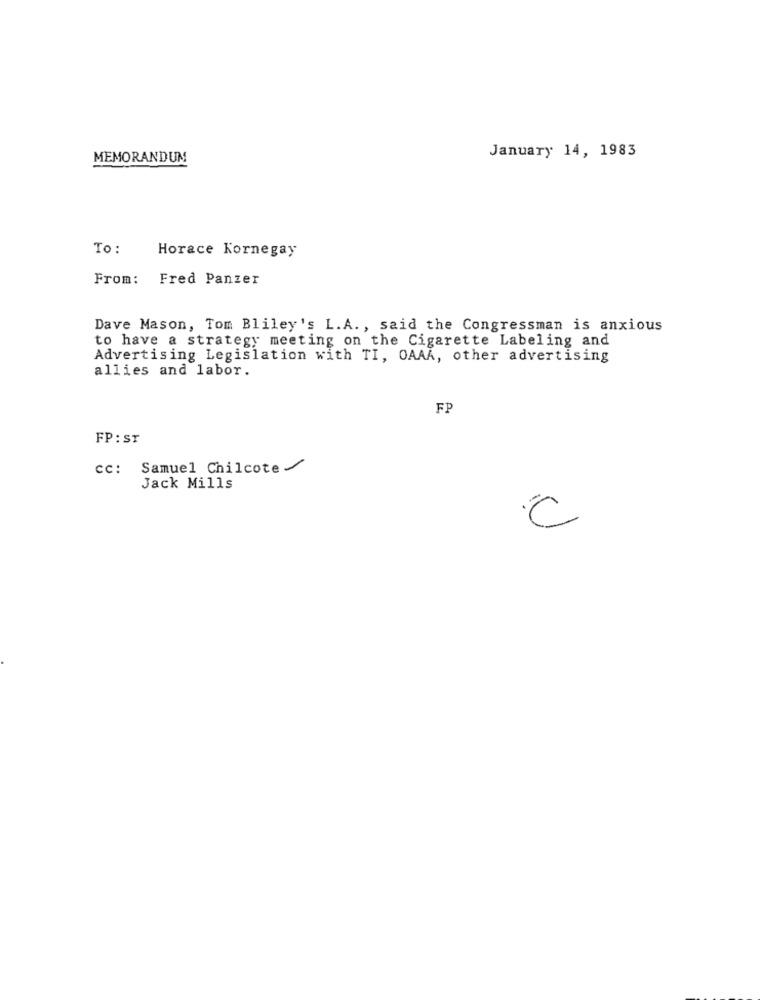
January 14, 1983
MEMORANDUM
To:
Horace Kornegay
From: Fred Panzer
Dave Mason, Tom Bliley's L.A. , said the Congressman is anxious
to have a strategy meeting on the Cigarette Labeling and
Advertising Legislation with TI, OAAA, other advertising
allies and labor.
FP
FP : ST
cc: Samuel Chilcote
Jack Mills
C